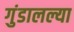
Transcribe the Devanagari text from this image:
गुंडालल्या